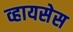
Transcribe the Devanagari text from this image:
व्हायसेस